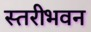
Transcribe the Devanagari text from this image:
स्तरीभवन